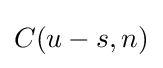
{\textstyle C(u-s,n)}